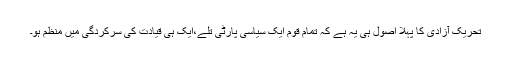
تحریک آزادی کا پہلا اصول ہی یہ ہے کہ تمام قوم ایک سیاسی پارٹی تلے،ایک ہی قیادت کی سرکردگی میں منظم ہو۔